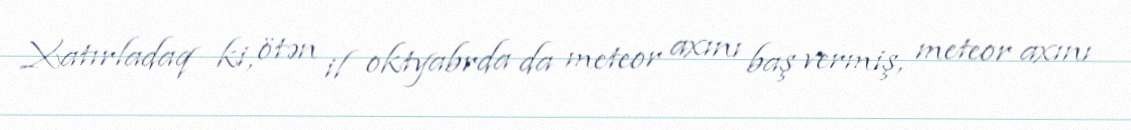
Xatırladaq ki, ötən il oktyabrda da meteor axını baş vermiş, meteor axını